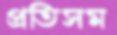
প্রতিসম